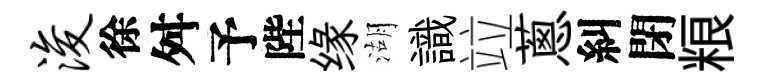
浚徐舛予陛缘湖識竝蔥糾閉粮